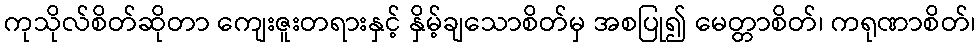
ကုသိုလ်စိတ်ဆိုတာ ကျေးဇူးတရားနှင့် နှိမ့်ချသောစိတ်မှ အစပြု၍ မေတ္တာစိတ်၊ ကရုဏာစိတ်၊